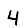
Digit: 4